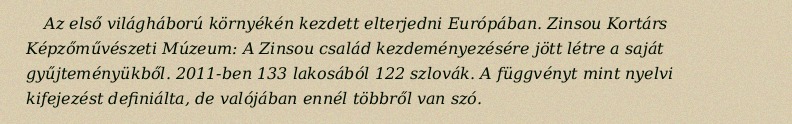
Az első világháború környékén kezdett elterjedni Európában. Zinsou Kortárs Képzőművészeti Múzeum: A Zinsou család kezdeményezésére jött létre a saját gyűjteményükből. 2011-ben 133 lakosából 122 szlovák. A függvényt mint nyelvi kifejezést definiálta, de valójában ennél többről van szó.